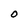
Character: O